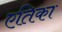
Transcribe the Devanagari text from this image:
एतिका